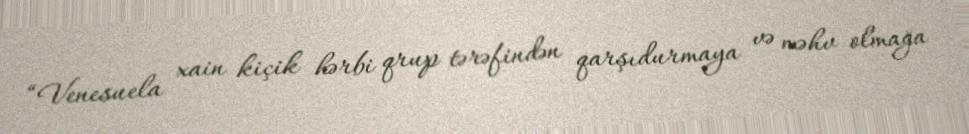
“Venesuela xain kiçik hərbi qrup tərəfindən qarşıdurmaya və məhv olmağa